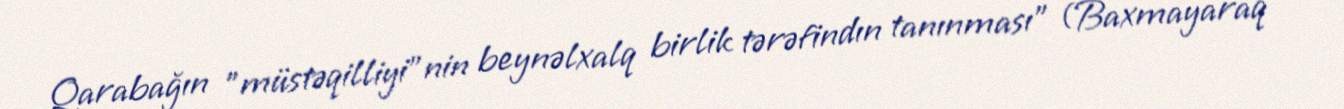
Qarabağın ”müstəqilliyi"nin beynəlxalq birlik tərəfindın tanınması" (Baxmayaraq